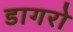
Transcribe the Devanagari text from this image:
डागरो